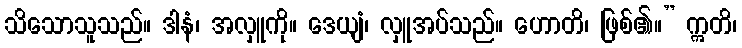
သိသောသူသည်။ ဒါနံ၊ အလှူကို။ ဒေယျံ၊ လှူအပ်သည်။ ဟောတိ၊ ဖြစ်၏။” ဣတိ၊